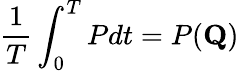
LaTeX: \frac{1}{T}\int_{0}^{T}Pdt=P(\mathbf{Q})